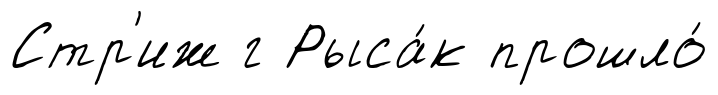
Стр'иж г Рыса́к прошло́